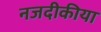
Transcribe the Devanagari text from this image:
नजदीकीया